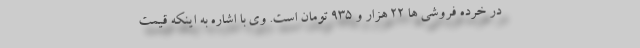
در خرده فروشی ها ۲۲ هزار و ۹۳۵ تومان است. وی با اشاره به اینکه قیمت